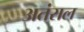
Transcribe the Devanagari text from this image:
अतंराल